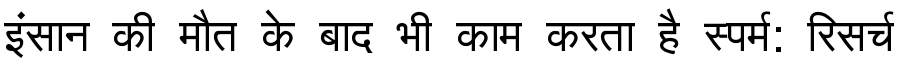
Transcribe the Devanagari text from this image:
इंसान की मौत के बाद भी काम करता है स्पर्म: रिसर्च